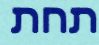
תחת